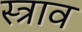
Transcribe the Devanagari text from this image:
स्‍त्राव